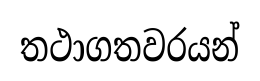
තථාගතවරයන්